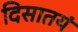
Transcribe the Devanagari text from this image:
दिसातयं